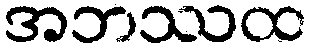
အဘဿထ